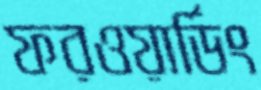
ফরওয়ার্ডিং